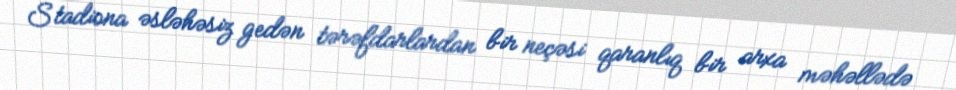
Stadiona əsləhəsiz gedən tərəfdarlardan bir neçəsi qaranlıq bir arxa məhəllədə